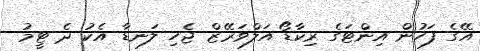
އޭގެ ފަހުން އިންޓަގެ ރިކާޑޯ އަލްވަރޭޒް ޖެހި ލަނޑާ އެކު ދެ ޓީމު